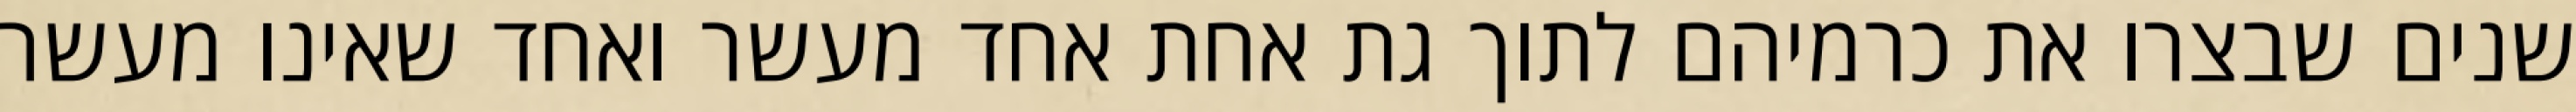
שנים שבצרו את כרמיהם לתוך גת אחת אחד מעשר ואחד שאינו מעשר